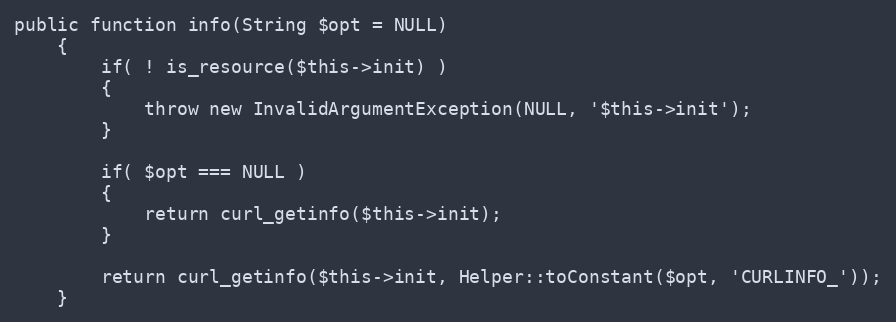
Language: PHP
public function info(String $opt = NULL)
    {
        if( ! is_resource($this->init) )
        {
            throw new InvalidArgumentException(NULL, '$this->init');
        }

        if( $opt === NULL )
        {
            return curl_getinfo($this->init);
        }

        return curl_getinfo($this->init, Helper::toConstant($opt, 'CURLINFO_'));
    }